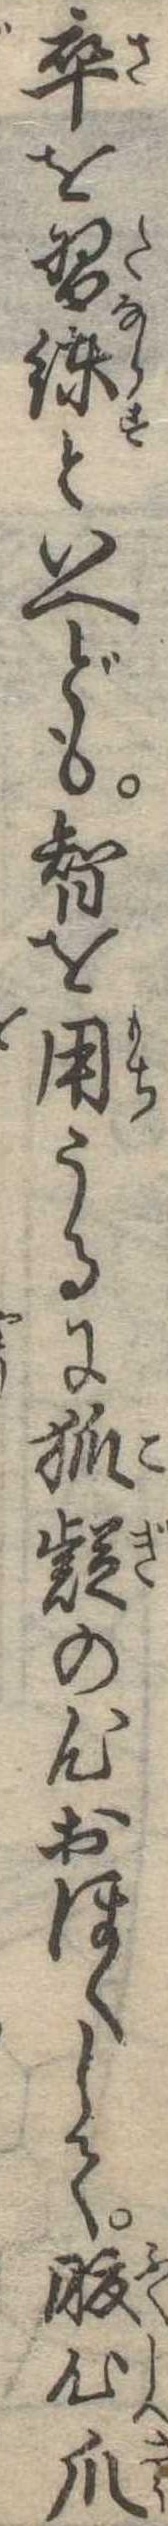
卒を習練といへども智を用うるに狐疑の心おほくして腹心爪